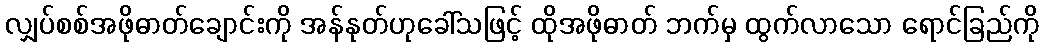
လျှပ်စစ်အဖိုဓာတ်ချောင်းကို အန်နုတ်ဟုခေါ်သဖြင့် ထိုအဖိုဓာတ် ဘက်မှ ထွက်လာသော ရောင်ခြည်ကို